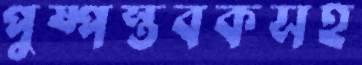
পুষ্পস্তবকসহ